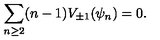
\sum _ { n \geq 2 } ( n - 1 ) V _ { \pm 1 } ( \psi _ { n } ) = 0 .